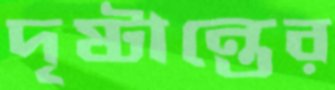
দৃষ্টান্তের